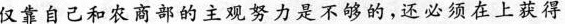
仅靠自己和农商部的主观努力是不够的，还必须在上获得